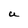
Character: U